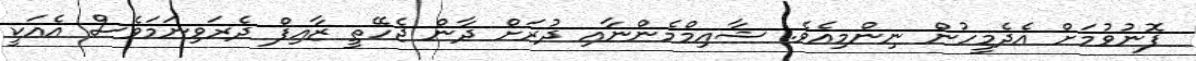
ފޮނުވުމަށް އެދެމީހުން ނިންމިއެވެ. ޝާއިމްމެންނާއި ދުރަށް ދާން ޖެހޭތީ ޒާއިފް ދެރަވިނަމަވެސް އެއަކީ